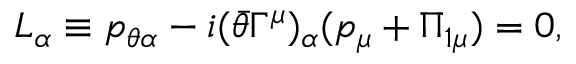
L _ { \alpha } \equiv p _ { \theta \alpha } - i ( \bar { \theta } \Gamma ^ { \mu } ) _ { \alpha } ( p _ { \mu } + \Pi _ { 1 \mu } ) = 0 ,